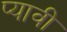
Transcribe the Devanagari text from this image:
प्यावी